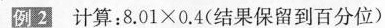
例2计算：$$8 . 0 1 \times 0 . 4$$(结果保留到百分位)